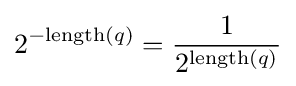
2^{-{\textrm {length}}(q)}={\frac {1}{2^{{\textrm {length}}(q)}}}